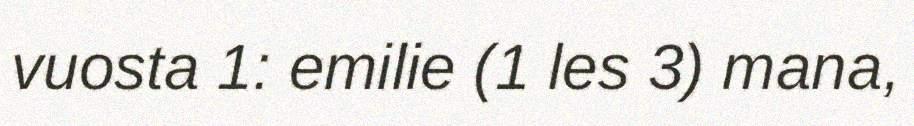
vuosta 1: emilie (1 les 3) mana,